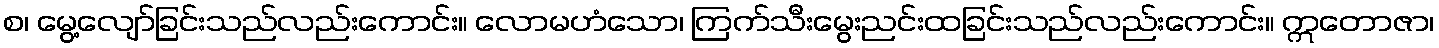
စ၊ မွေ့လျော်ခြင်းသည်လည်းကောင်း။ လောမဟံသော၊ ကြက်သီးမွေးညင်းထခြင်းသည်လည်းကောင်း။ ဣတောဇာ၊